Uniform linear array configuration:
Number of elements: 24
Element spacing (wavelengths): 0.75
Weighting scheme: binomial
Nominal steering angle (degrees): -45
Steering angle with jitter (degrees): -46.376
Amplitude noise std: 0.05
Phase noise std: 0.05

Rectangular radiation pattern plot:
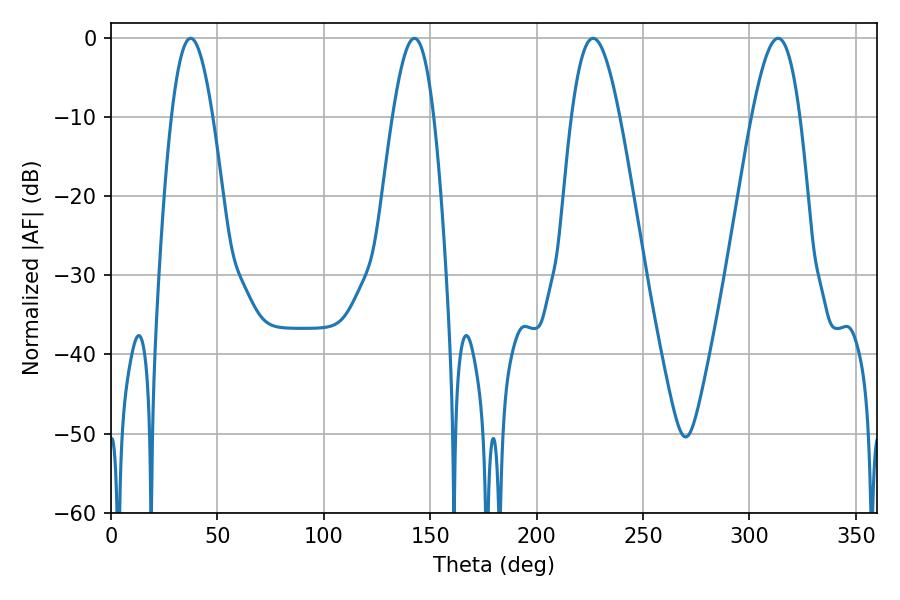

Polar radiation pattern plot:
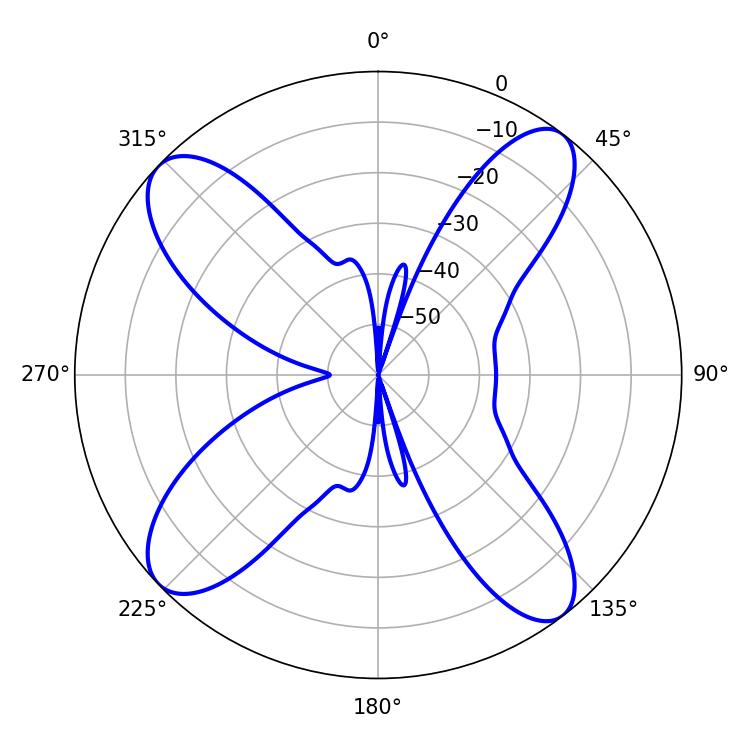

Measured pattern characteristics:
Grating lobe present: TRUE
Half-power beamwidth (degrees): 10.44
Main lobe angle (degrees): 37.44